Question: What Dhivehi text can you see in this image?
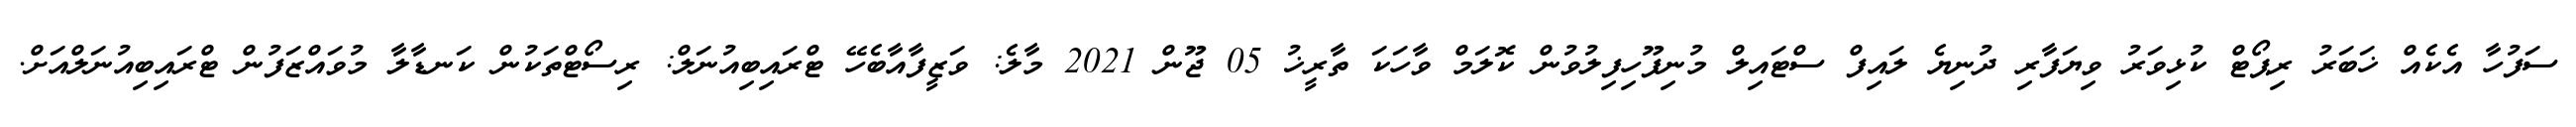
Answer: ސަފުހާ އެކެއް ޚަބަރު ރިޕޯޓް ކުޅިވަރު ވިޔަފާރި ދުނިޔެ ލައިފް ސްޓައިލް މުނިފޫހިފިލުވުން ކޮލަމް ވާހަކަ ތާރީޚު 05 ޖޫން 2021 މާލެ: ވަޒީފާއާބެހޭ ޓްރައިބިއުނަލް: ރިސޯޓްތަކުން ކަނޑާލާ މުވައްޒަފުން ޓްރައިބިއުނަލްއަށް.